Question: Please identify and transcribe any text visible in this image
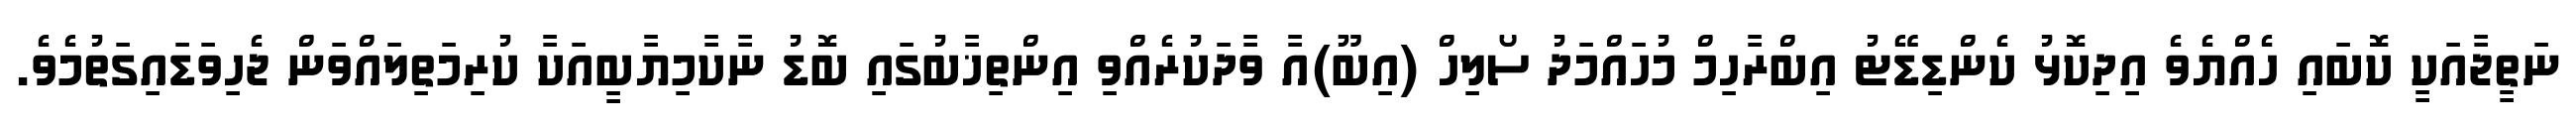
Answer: ނަތީޖާއަކީ ކޮބައި ހެއްޔެވެ އިދިކޮޅު ކެންޑިޑޭޓު އިބްރާހިމް މުހައްމަދު ސޯލިހް (އިބޫ)އާ ވާދަކުރެއްވި އިންތިޚާބުގައި ބޮޑު ނާކާމިޔާބީއަކާ ކުރިމަތިލައްވަން ޖެހިވަޑައިގަތުމެވެ.